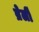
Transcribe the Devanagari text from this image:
ब्रेर्ली